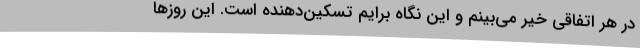
در هر اتفاقی خیر می‌بینم و این نگاه برایم تسکین‌دهنده است. این روزها